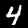
Digit: 4